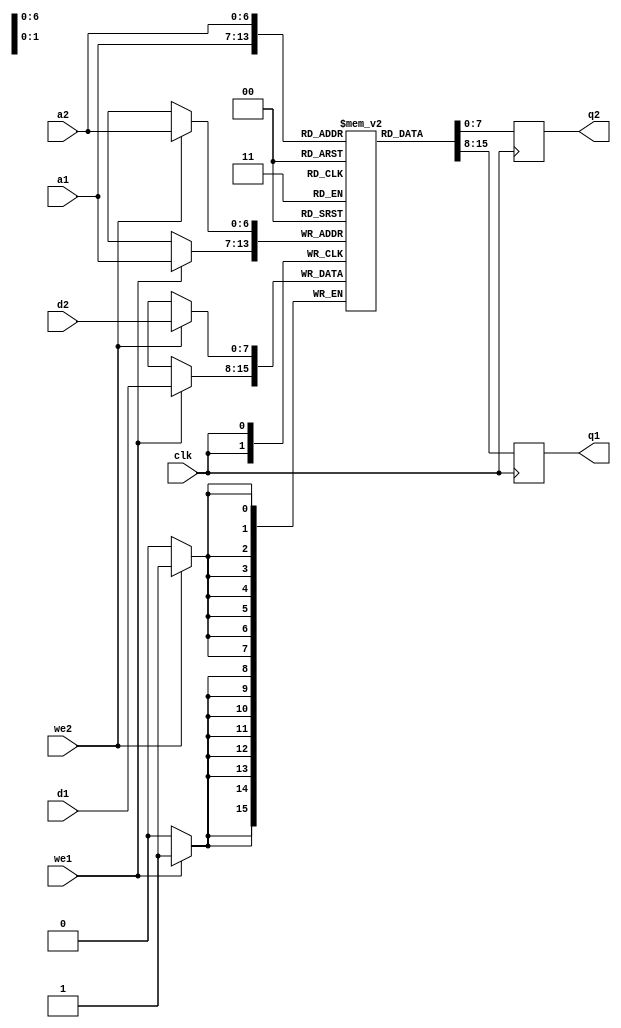
module ram_true_dual(
  output reg [7:0] q1,
  output reg [7:0] q2,
  input [7:0] d1,
  input [7:0] d2,
  input [6:0] a1,
  input [6:0] a2,
  input we1,
  input we2,
  input clk
);
  reg [7:0] mem [127:0];


  always @(posedge clk) begin
    q1 <= mem[a1];
  end

  always @(posedge clk) begin
    if (we1)
      mem[a1] <= d1;
  end

  always @(posedge clk) begin
    q2 <= mem[a2];
  end

  always @(posedge clk) begin
    if (we2)
      mem[a2] <= d2;
  end
endmodule